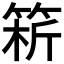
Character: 𥮥